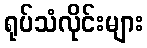
ရုပ်သံလိုင်းများ